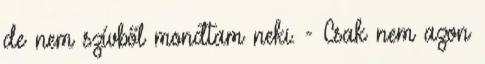
de nem szívből mondtam neki. - Csak nem azon